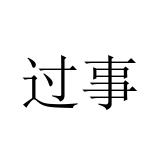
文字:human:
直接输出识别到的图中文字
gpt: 过事